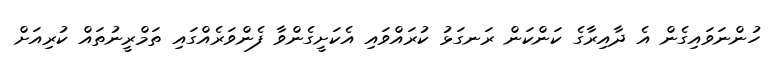
ހުންނަވައިގެން އެ ދާއިރާގެ ކަންކަން ރަނގަޅު ކުރައްވައި އެކަށީގެންވާ ފެންވަރެއްގައި ތަމްރީނުތައް ކުރިއަށް